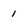
Character: 1